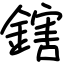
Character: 鎋